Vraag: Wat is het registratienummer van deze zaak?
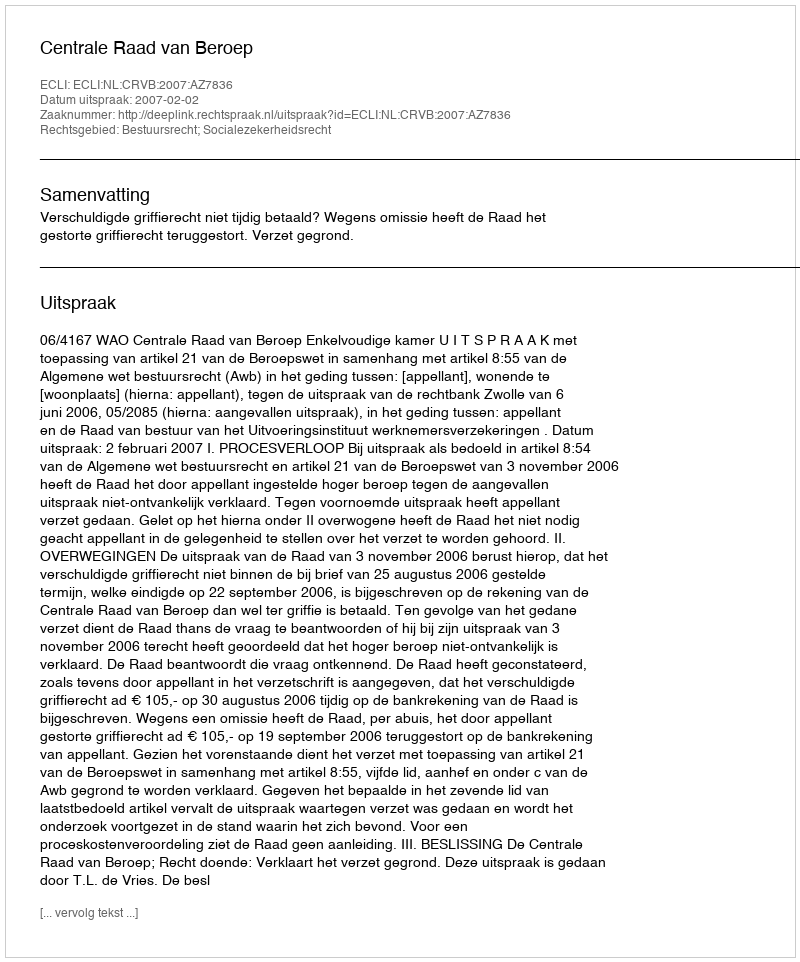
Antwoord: http://deeplink.rechtspraak.nl/uitspraak?id=ECLI:NL:CRVB:2007:AZ7836